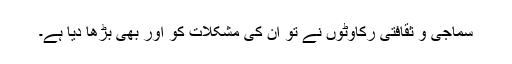
سماجی و ثقافتی رکاوٹوں نے تو ان کی مشکلات کو اور بھی بڑھا دیا ہے۔